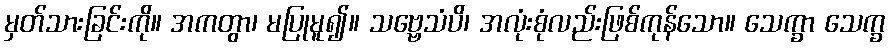
မှတ်သားခြင်းကို။ အကတွာ၊ မပြုမူ၍။ သဗ္ဗေသံပိ၊ အလုံးစုံလည်းဖြစ်ကုန်သော။ သေက္ခာ သေက္ခ